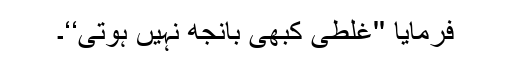
فرمایا ''غلطی کبھی بانجھ نہیں ہوتی‘‘۔